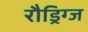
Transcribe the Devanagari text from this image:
रौड्रिग्ज